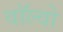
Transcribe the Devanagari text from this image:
वाॅल्वो